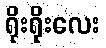
ရိုးရိုးလေး